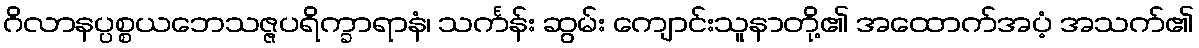
ဂိလာနပ္ပစ္စယဘေသဇ္ဇပရိက္ခာရာနံ၊ သင်္ကန်း ဆွမ်း ကျောင်းသူနာတို့၏ အထောက်အပံ့ အသက်၏